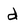
Character: d